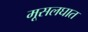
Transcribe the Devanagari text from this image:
मूसलघात